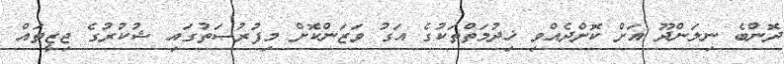
ދޮންބެ ނިލަންދޫ އަށް ކޮށްދެއްވި ޚިދުމަތްތަކުގެ އަގު ވަޒަންކޮށް މިފުރުޞަތުގައި ޝުކުރުގެ ޖިޒީތައް